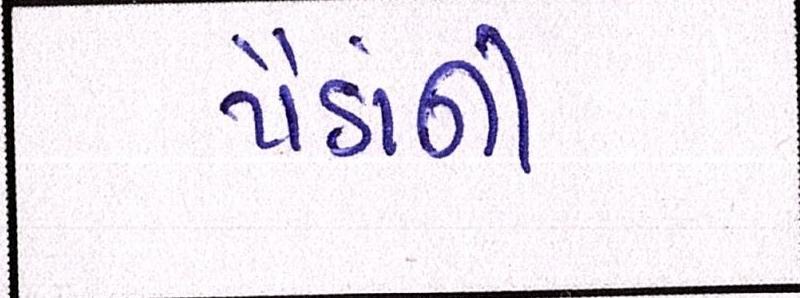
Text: પૈડાંની